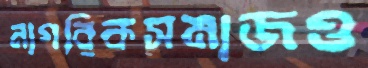
নাগরিকসমাজও